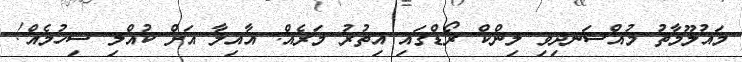
މައުލޫމާތު މުއްސަނދިވި ލިންކް ރޯޑްގައި އިތުރު މަރެއް: އާއިލާ އަށް ކުއްލި ސިހުމެއް!